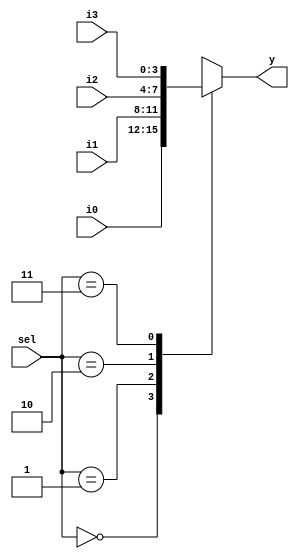
module fourbit_4to1mux(input [1:0] sel,
                       input [3:0] i3,
                       input [3:0] i2,
                       input [3:0] i1,
                       input [3:0] i0,
                       output reg [3:0] y);

    always @(sel, i3, i2, i1, i0)
        case (sel)
            2'b00: y = i0;
            2'b01: y = i1;
            2'b10: y = i2;
            2'b11: y = i3;
        endcase
endmodule